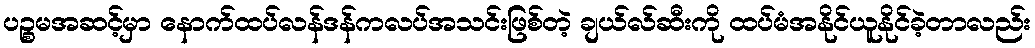
ပဉ္စမအဆင့်မှာ နောက်ထပ်လန်ဒန်ကလပ်အသင်းဖြစ်တဲ့ ချယ်လ်ဆီးကို ထပ်မံအနိုင်ယူနိုင်ခဲ့တာလည်း